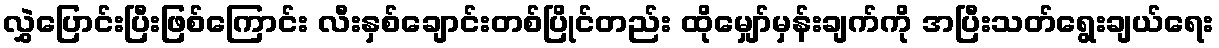
လွှဲပြောင်းပြီးဖြစ်ကြောင်း လီးနှစ်ချောင်းတစ်ပြိုင်တည်း ထိုမျှော်မှန်းချက်ကို အပြီးသတ်ရွေးချယ်ရေး